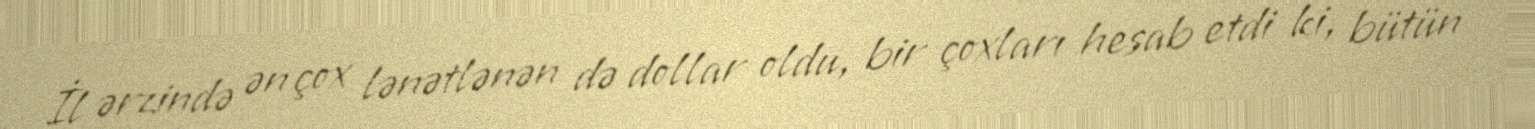
İl ərzində ən çox lənətlənən də dollar oldu, bir çoxları hesab etdi ki, bütün